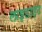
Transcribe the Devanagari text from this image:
लाइडाइट